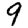
Digit: 9